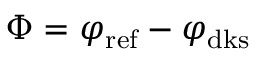
\Phi = \varphi _ { \mathrm { r e f } } - \varphi _ { \mathrm { d k s } }